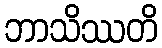
ဘာသိဿတိ